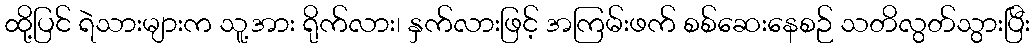
ထို့ပြင် ရဲသားများက သူ့အား ရိုက်လား၊ နှက်လားဖြင့် အကြမ်းဖက် စစ်ဆေးနေစဉ် သတိလွတ်သွားပြီး